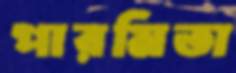
পারমিতা